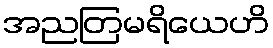
အညတြမရိယေဟိ